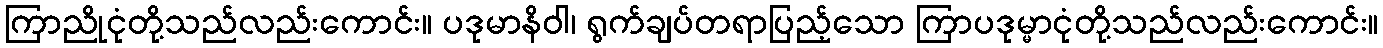
ကြာညိုငုံတို့သည်လည်းကောင်း။ ပဒုမာနိဝါ၊ ရွက်ချပ်တရာပြည့်သော ကြာပဒုမ္မာငုံတို့သည်လည်းကောင်း။